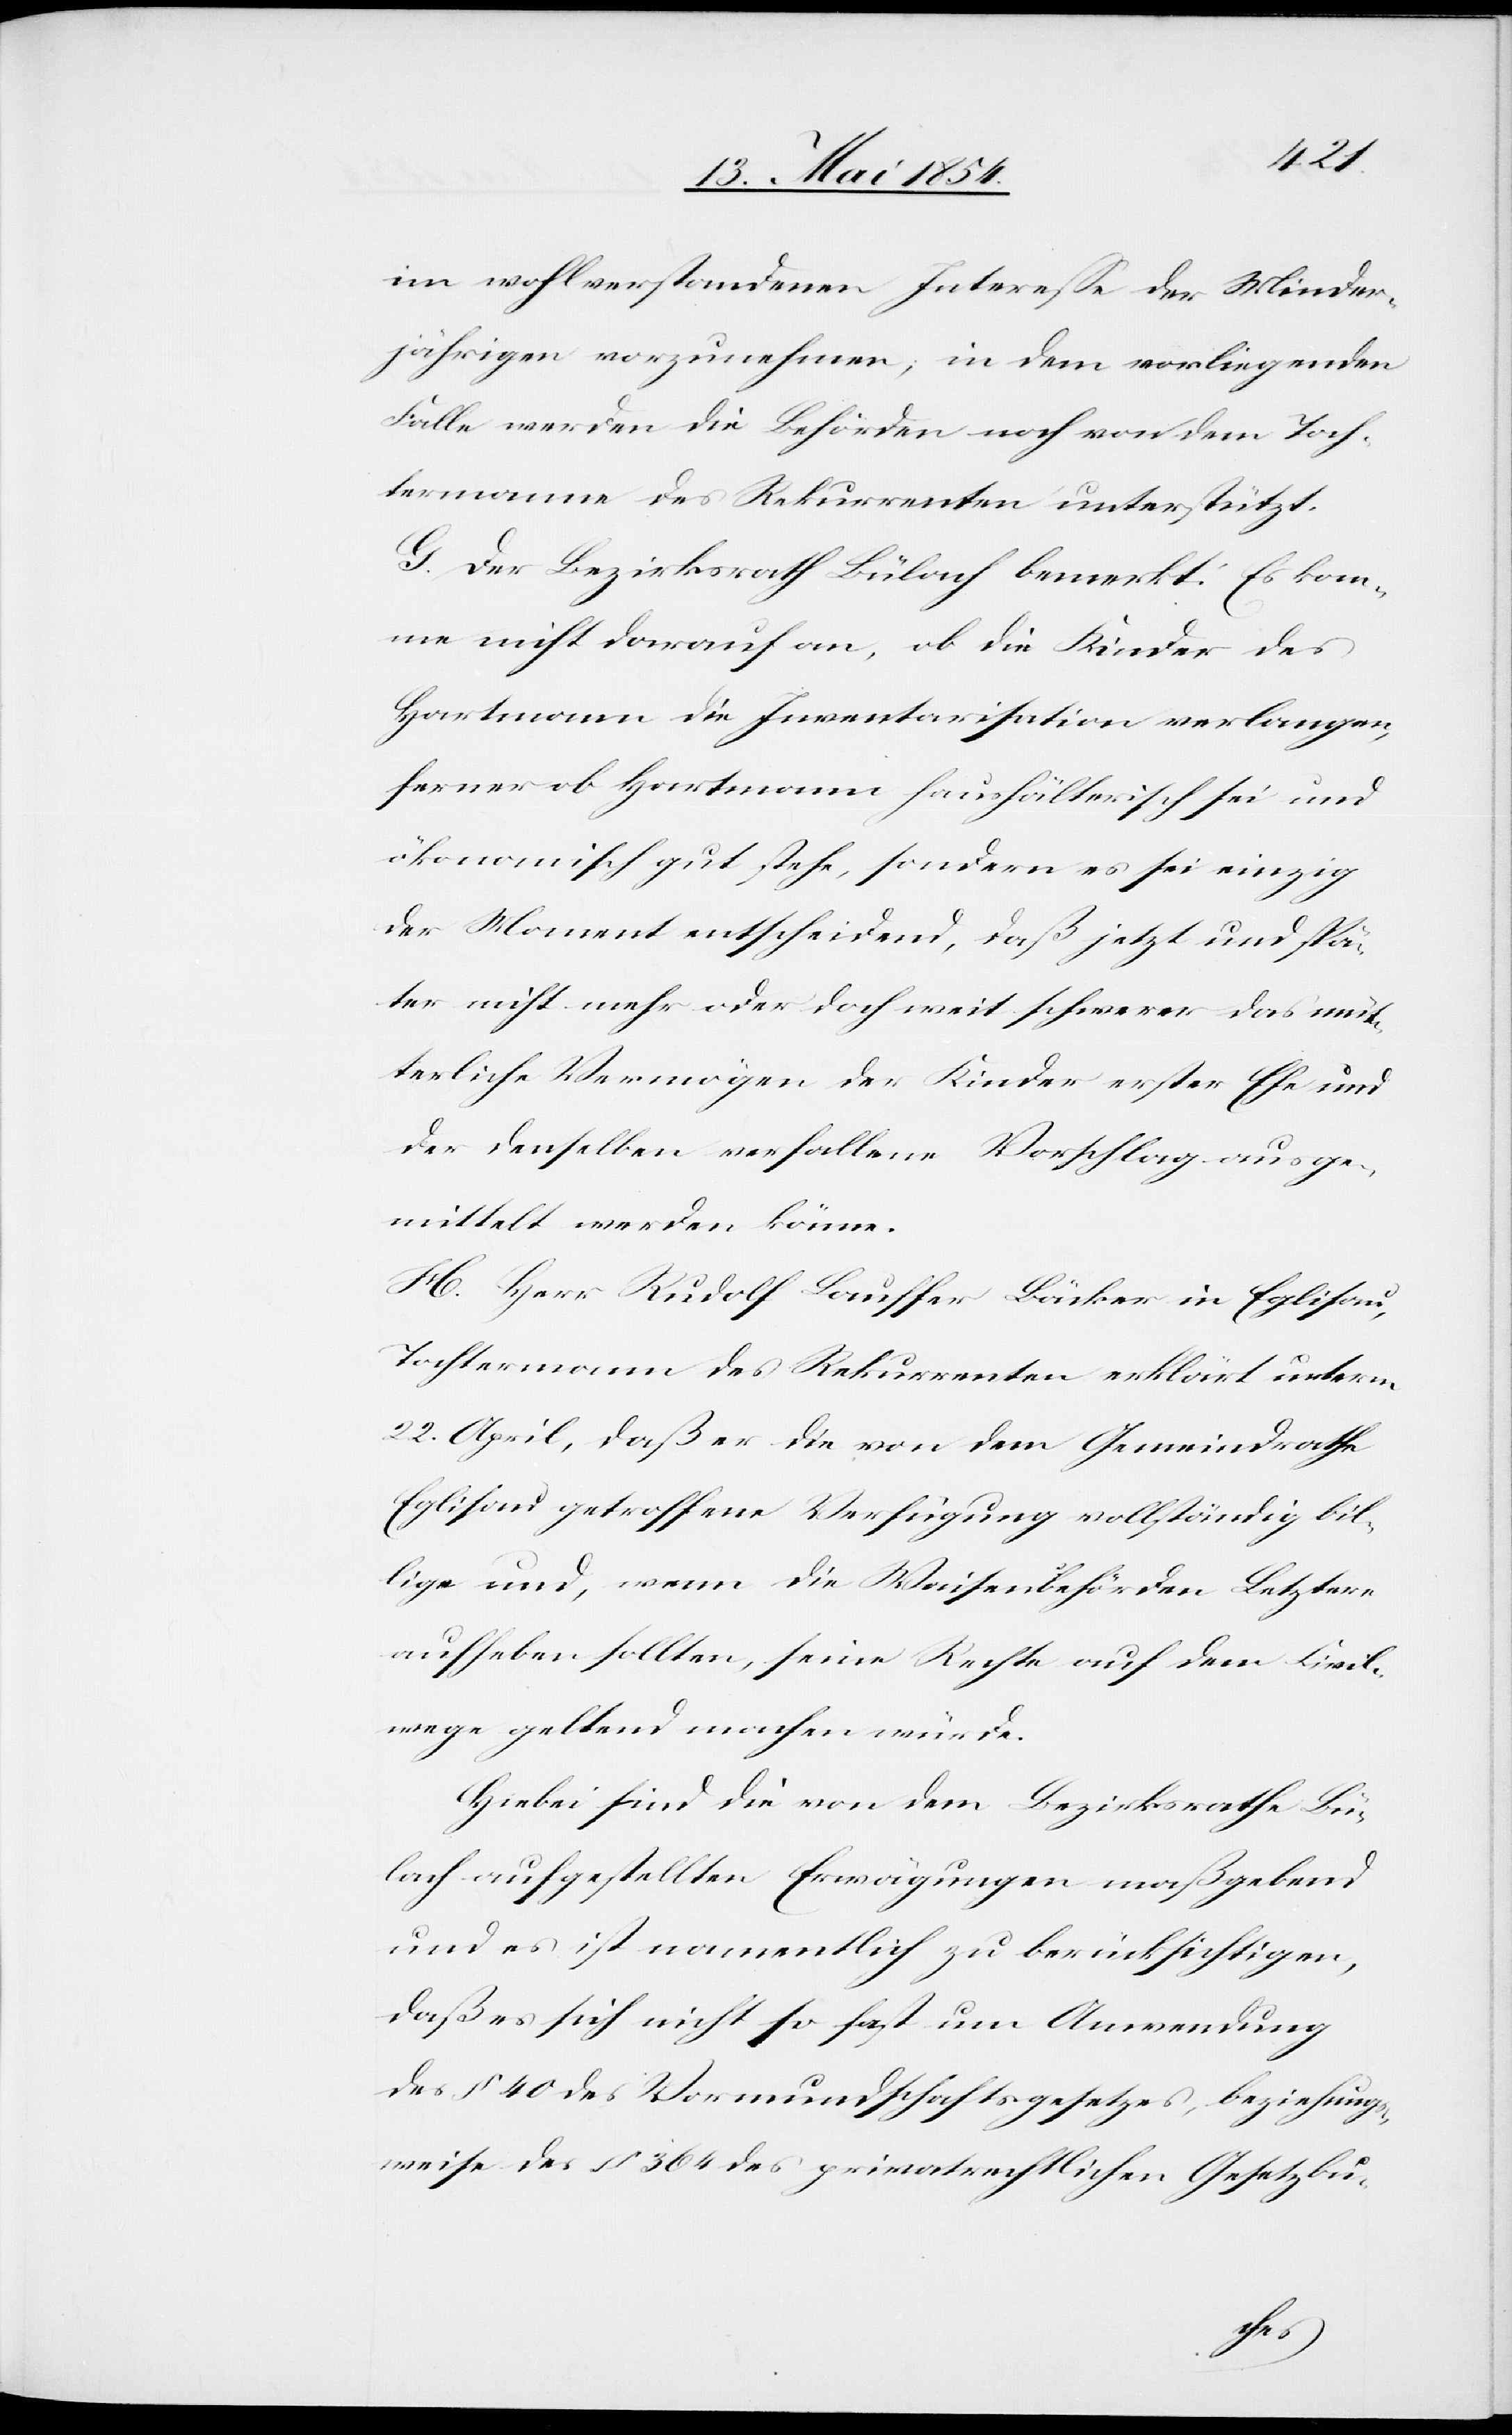
im wohlverstandenen Intereße der Minder¬
jährigen vorzunehmen; in dem vorliegenden
Falle werden die Behörden noch von dem Toch¬
termanne des Rekurrenten unterstützt.
G. Der Bezirksrath Bülach bemerkt: Es kom¬
me nicht darauf an, ob die Kinder des
Hartmann die Inventarisation verlangen,
ferner ob Hartmann haushälterisch sei und
ökonomisch gut stehe, sondern es sei einzig
der Moment entscheidend, daß jetzt und spä¬
ter nicht mehr oder doch weit schwerer das müt¬
terliche Vermögen der Kinder erster Ehe und
der denselben verfallene Vorschlag ausge¬
mittelt werden könne.
H. Herr Rudolf Lauffer Bäcker in Eglisau,
Tochtermann des Rekurrenten erklärt unterm
22. April, daß er die von dem Gemeindrathe
Eglisau getroffene Verfügung vollständig bil¬
lige und, wenn die Waisenbehörden Letztern
aufheben sollten, seine Rechte auf dem Civil¬
wege geltend machen würde.
Hiebei sind die von dem Bezirksrathe Bü¬
lach aufgestellten Erwägungen maßgebend
und es ist namentlich zu berücksichtigen,
daß es sich nicht so fest um Anwendung
des § 40 des Vormundschaftsgesetzes, beziehungs¬
weise des § 364 des privatrechtlichen Gesetzbu-